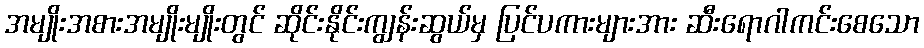
အမျိုးအစားအမျိုးမျိုးတွင် ဆိုင်းနိုင်းကျွန်းဆွယ်မှ ပြင်ပကားများအား ဆီးရောဂါကင်းစေသော